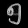
Digit: ၅